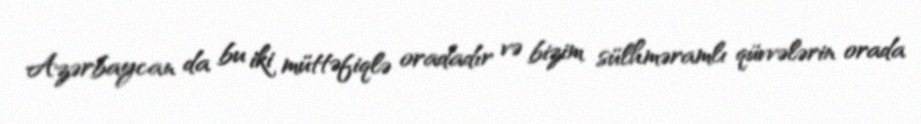
Azərbaycan da bu iki müttəfiqlə oradadır və bizim sülhməramlı qüvvələrin orada